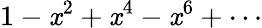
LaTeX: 1-\mathit{x}^{2}+\mathit{x}^{4}-\mathit{x}^{6}+\cdots